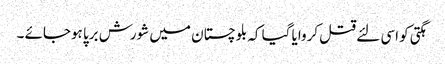
ہگتی کو اسی لئے قتل کروایا گیا کہ بلوچستان میں شورش برپا ہوجائے ۔